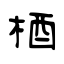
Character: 梄